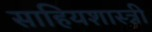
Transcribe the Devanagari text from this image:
साहियशास्त्री